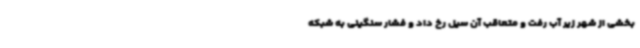
بخشی از شهر زیر آب رفت و متعاقب آن سیل رخ داد و فشار سنگینی به شبکه